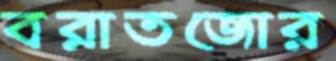
বরাতজোর